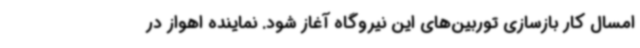
امسال کار بازسازی توربین‌های این نیروگاه آغاز شود. نماینده اهواز در